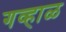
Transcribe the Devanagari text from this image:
गव्हाळ